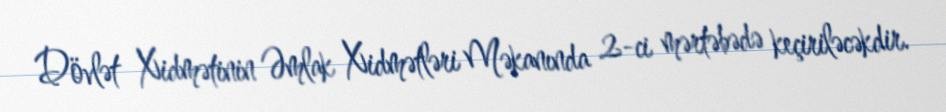
Dövlət Xidmətinin Əmlak Xidmətləri Məkanında 2-ci mərtəbədə keçiriləcəkdir.